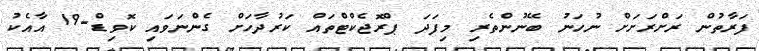
ފަރާތުން ރަށްރަށަށް ނުހަނު ބޭނުންތެރި މިފަދަ ޕްރޮޖެކްޓްތައް ކަރުދާހަށް ގެންނަވައި ކޮވިޑް-19 އާއެކު